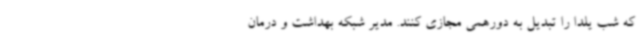
که شب یلدا را تبدیل به دورهمی مجازی کنند. مدیر شبکه بهداشت و درمان